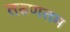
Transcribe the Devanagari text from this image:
तरुणतम